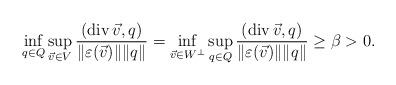
LaTeX: \begin{align*}\begin{aligned}\inf_{q\in Q}\sup_{\vec{v}\in V}\frac{(\operatorname{div} \vec{v},q)}{\|\varepsilon(\vec{v})\|\|q\|}=\inf_{\vec{v}\in W^{\perp}}\sup_{q\in Q}\frac{(\operatorname{div} \vec{v},q)}{\|\varepsilon(\vec{v})\|\|q\|}\ge \beta>0.\end{aligned}\end{align*}